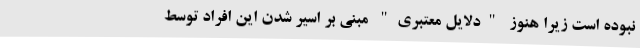
نبوده است زیرا هنوز "دلایل معتبری" مبنی بر اسیر شدن این افراد توسط